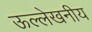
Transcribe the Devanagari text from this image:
ऊल्लेखनीय